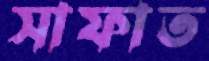
সাফাত